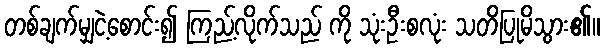
တစ်ချက်မျှငဲ့စောင်း၍ ကြည့်လိုက်သည် ကို သုံးဦးစလုံး သတိပြုမိသွား၏။